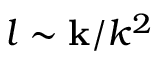
\boldsymbol { l } \sim \mathbf { k } / k ^ { 2 }